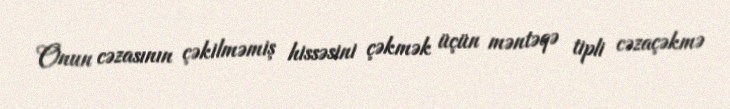
Onun cəzasının çəkilməmiş hissəsini çəkmək üçün məntəqə tipli cəzaçəkmə